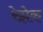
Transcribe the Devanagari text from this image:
रेझेक